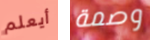
أيعلم وصمة